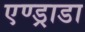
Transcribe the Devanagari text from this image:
एण्ड्राडा